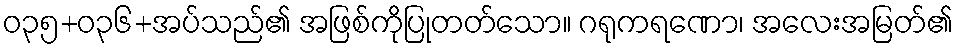
ဝ၃၅+၀၃၆+အပ်သည်၏ အဖြစ်ကိုပြုတတ်သော။ ဂရုကရဏော၊ အလေးအမြတ်၏